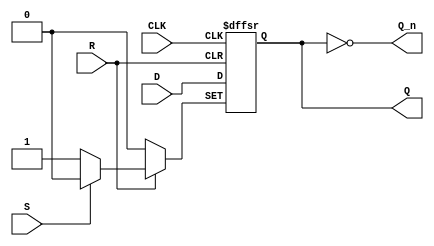
   
module ttl_74F74_d(input D,
		 input 	CLK,
		 input 	S,
		 input 	R,
		 output Q,
		 output Q_n);

   reg q = 0;
   
   always @(posedge CLK or negedge R or negedge S)
     begin
         if (~R)
	   begin
              q <= 0;
	      $display("%d q<-0; R %b", $time, R);
	   end
         else if (~S)
	   begin
              q <= 1;
	      $display("%d q<-1; S %b", $time, S);
	   end
         else
	   begin
             q <= D;
	      $display("%d q<-d %d", $time, D);
	   end
     end

   assign Q = q;
   assign Q_n = ~q;
   
endmodule